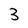
Character: 3